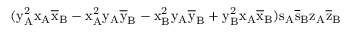
( \mathrm { y _ { A } ^ { 2 } \mathrm { x _ { A } \mathrm { \overline { { x } } _ { B } - \mathrm { x _ { A } ^ { 2 } \mathrm { y _ { A } \mathrm { \overline { { y } } _ { B } - \mathrm { x _ { B } ^ { 2 } \mathrm { y _ { A } \mathrm { \overline { { y } } _ { B } + \mathrm { y _ { B } ^ { 2 } \mathrm { x _ { A } \mathrm { \overline { { x } } _ { B } ) \mathrm { s _ { A } \mathrm { \overline { { s } } _ { B } \mathrm { z _ { A } \mathrm { \overline { { z } } _ { B } } } } } } } } } } } } } } } } }